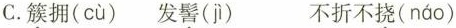
C.簇拥( cù )发髻( jì ) 不折不挠( náo )